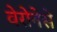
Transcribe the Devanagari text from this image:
वेरोनेसे